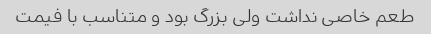
طعم خاصی نداشت ولی بزرگ بود و متناسب با فیمت